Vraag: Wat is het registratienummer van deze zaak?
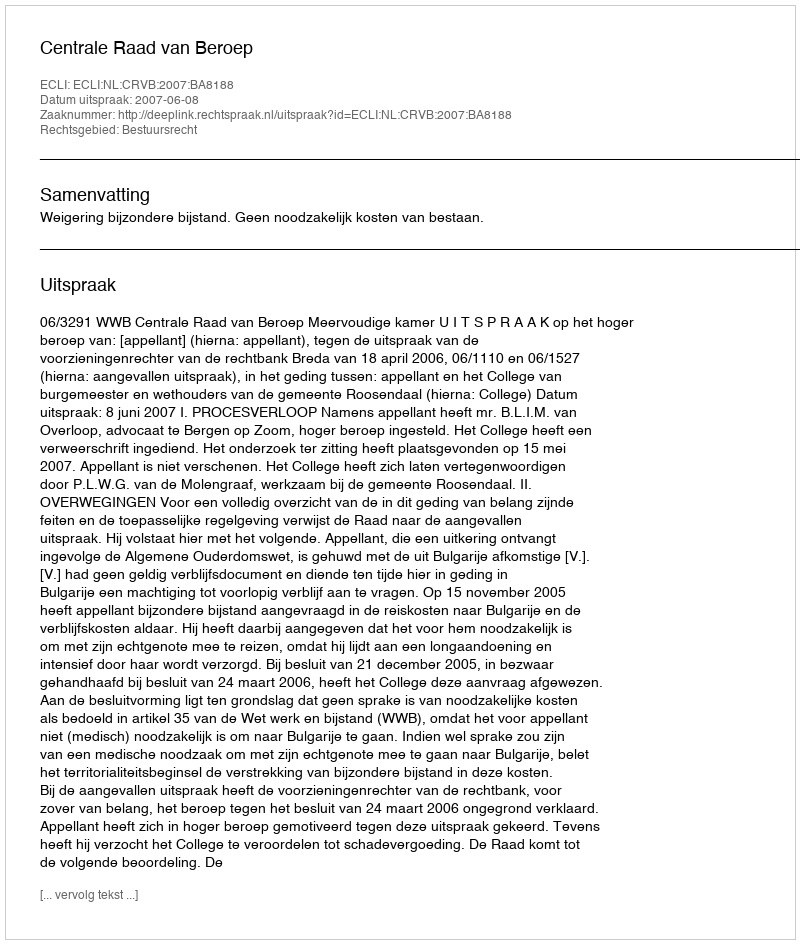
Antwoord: http://deeplink.rechtspraak.nl/uitspraak?id=ECLI:NL:CRVB:2007:BA8188